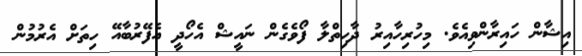
އިޝާން ހައިރާންވިއެވެ. މިހުރިހާއިރު ދާހިތްލާ ފޯވެގެން ނައީޝް އެހޯދީ އެފޭރުބާއޭ ހިތަށް އެރުމުން